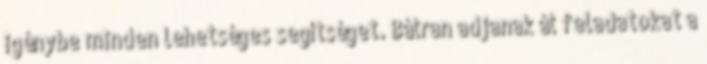
igénybe minden lehetséges segítséget. Bátran adjanak át feladatokat a